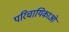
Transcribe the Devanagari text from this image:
परिचायिकाओ